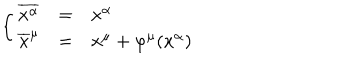
\left\{ \begin{array} { r c l } { { \overline { { { x ^ { \alpha } } } } } } & { { = } } & { { x ^ { \alpha } } } \\ { { \overline { { { x } } } ^ { \mu } } } & { { = } } & { { x ^ { \mu } + \varphi ^ { \mu } ( x ^ { \alpha } ) } } \\ \end{array} \right.